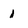
Character: i